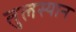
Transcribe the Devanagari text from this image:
तुलस्यान